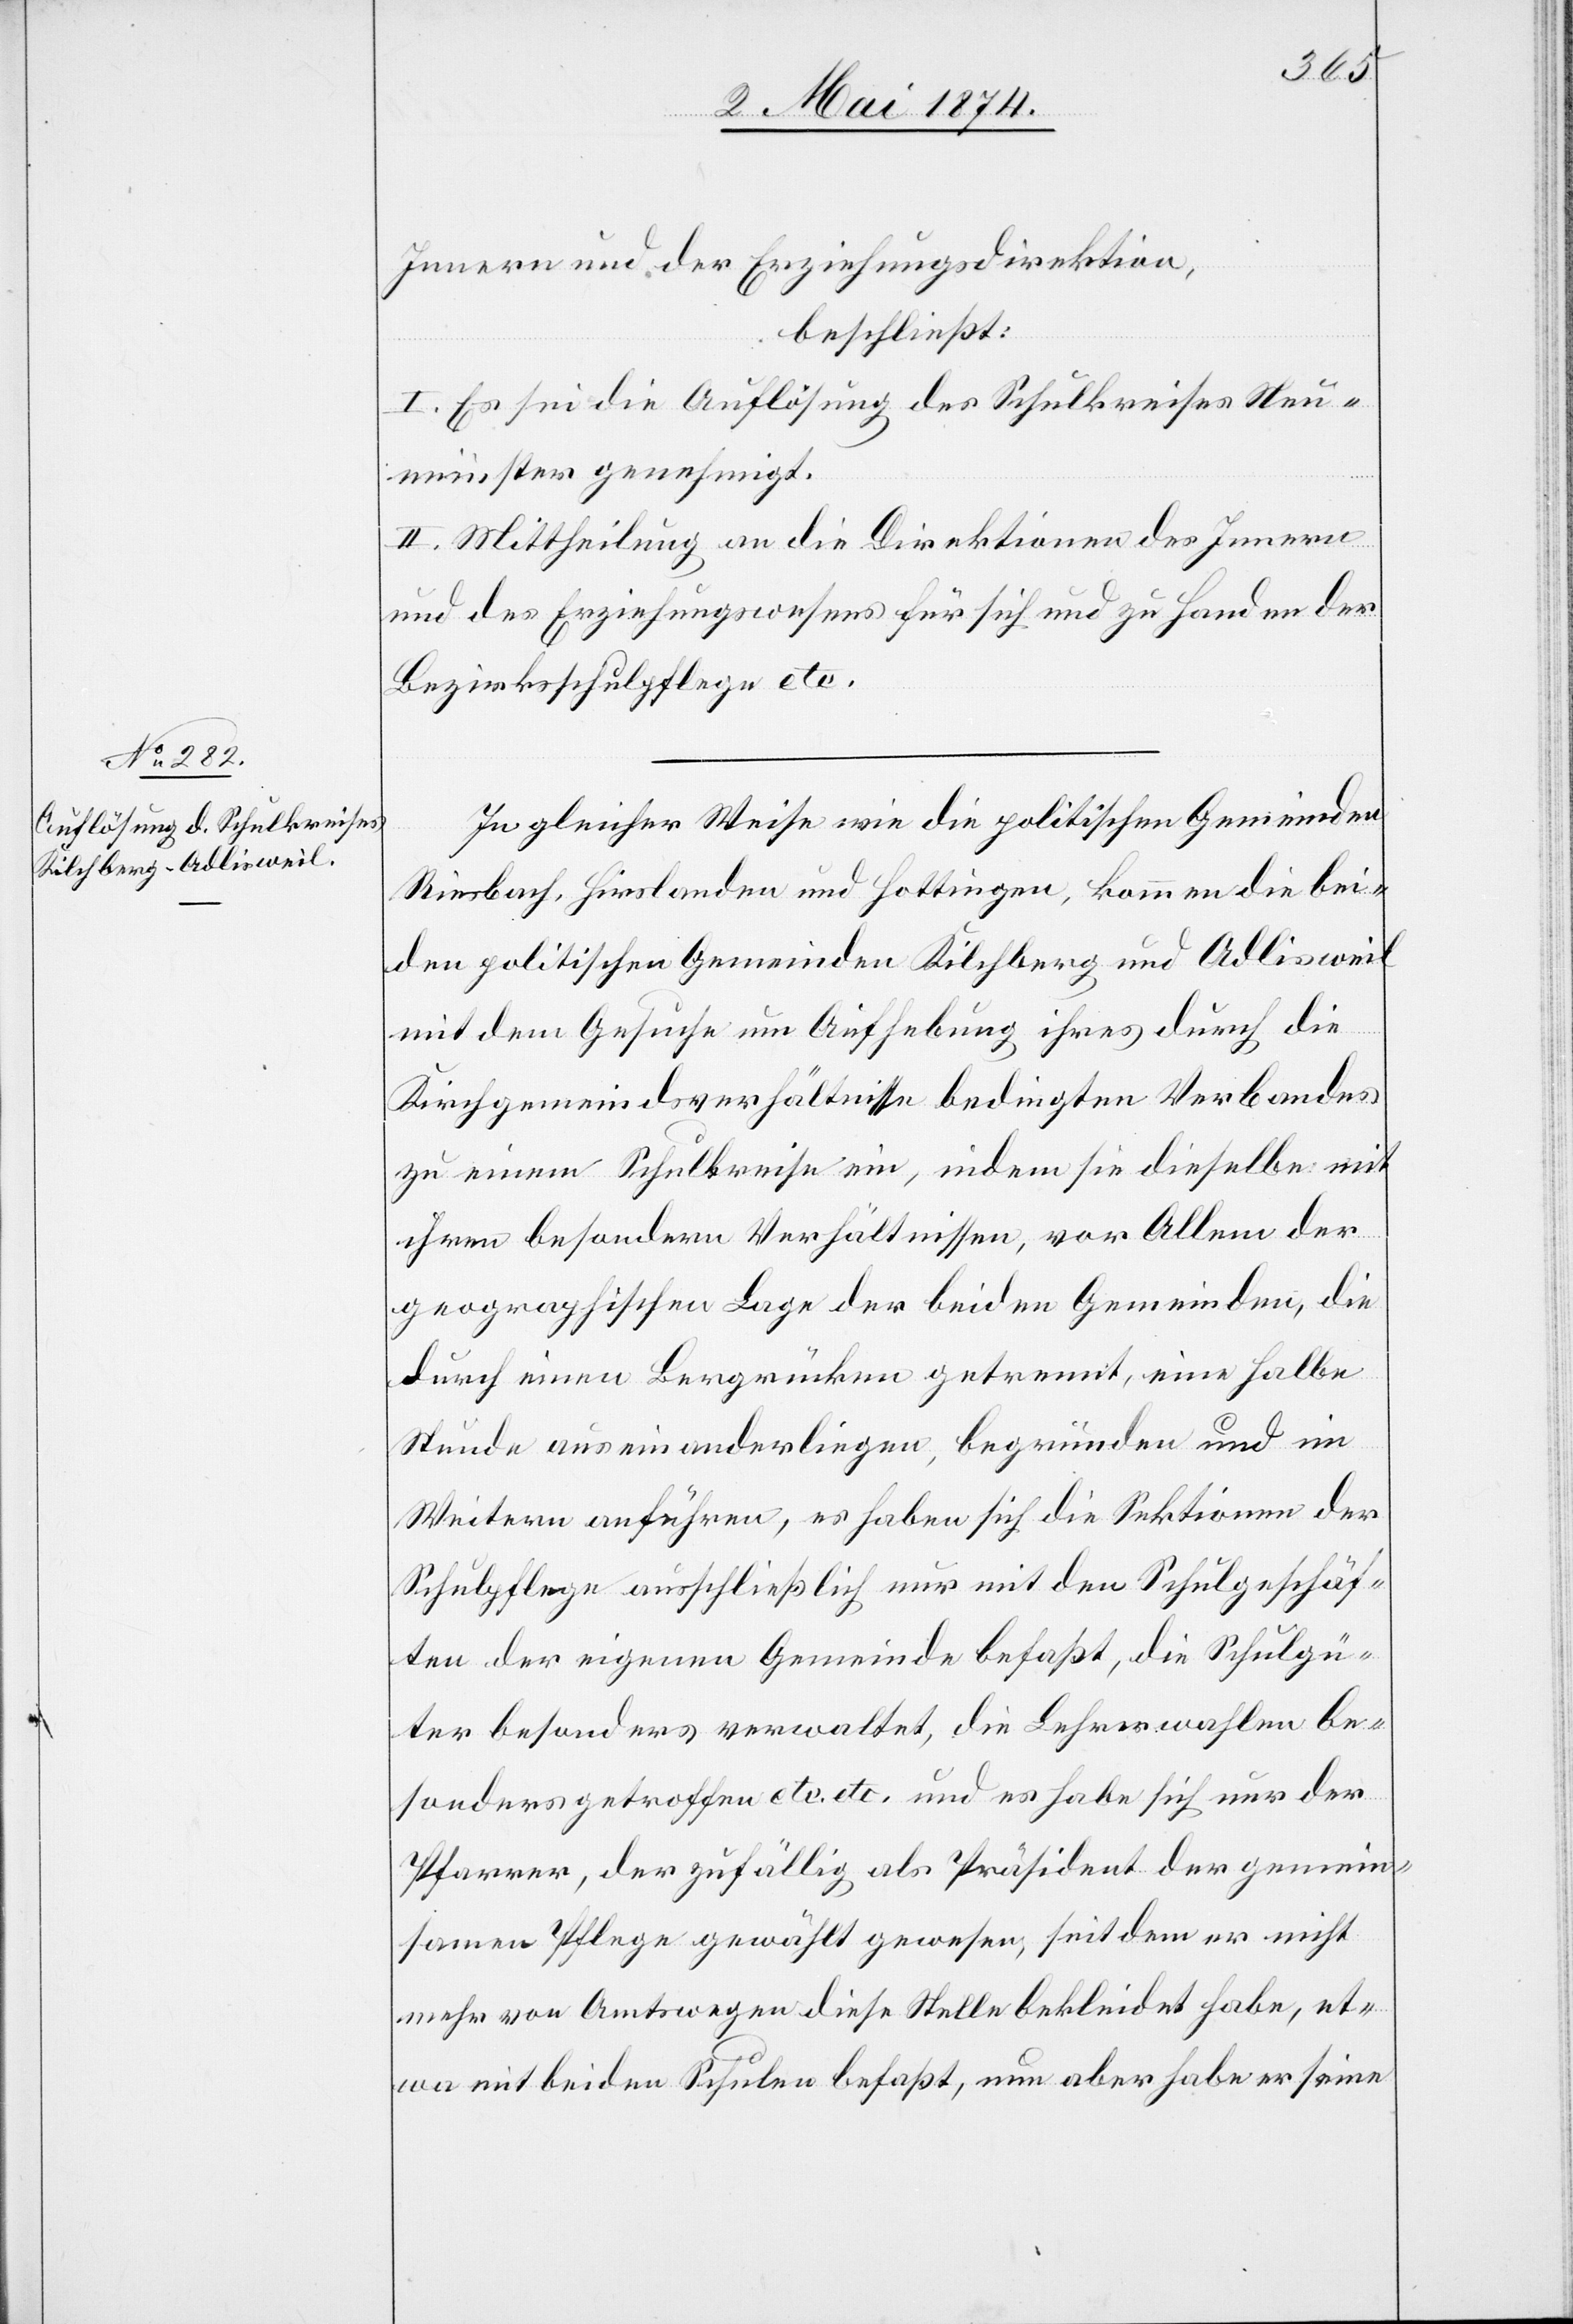
hlen
Innern und der Erziehungsdirektion,
beschließt:
I. Es sei die Auflösung des Schulkreises Neu¬
münster genehmigt.
II. Mittheilung an die Direktionen des Innern
und des Erziehungswesens für sich und zu Handen der
Bezirksschulpflege etc.
In gleicher Weise wie die politischen Gemeinden
Riesbach, Hirslanden und Hottingen, kommen die bei¬
den politischen Gemeinden Kilchberg und Adlisweil
mit dem Gesuche um Aufhebung ihres durch die
Kirchgemeindsverhältnisse bedingten Verbandes
zu einem Schulkreise ein, indem sie dieselbe mit
ihren besondern Verhältnissen, vor Allem der
geographischen Lage der beiden Gemeinden, die
durch einen Bergrücken getrennt, eine halbe
Stunden auseinanderliegen, begründen und im
Weitern anführen, es haben sich die Sektionen der
Schulpflege ausschließlich nur mit den Schulgeschäf¬
ten der eigenen Gemeinde befaßt, die Lehrerwa¬
besonders getroffen etc. etc. und es habe sich nur der
Pfarrer, der zufällig als Präsident der gemein¬
samen Pflege gewählt gewesen, seitdem er nicht
mehr von Amtswegen diese Stelle bekleidet habe, et¬
wa mit beiden Schulen befaßt, nun aber habe er seine